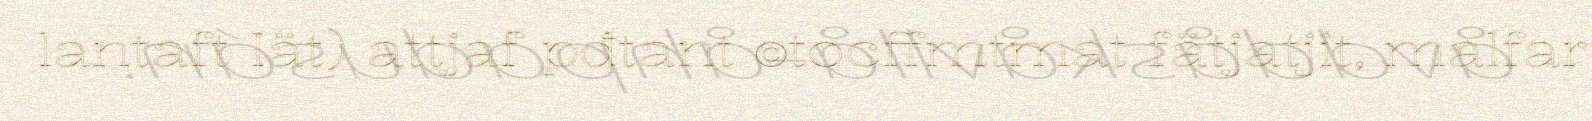
lantaft Iät) attjaf pđtant ©tocffmtmat fätjatjit, malfar